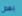
بعض